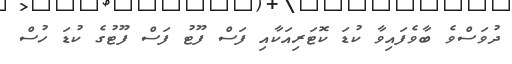
ދުވަސްވެ ބާވެފައިވާ ކުޑަ ކޮޓަރިއަކާއި ފަސް ފޫޓު ފަސް ފޫޓުގެ ކުޑަ ހުސް